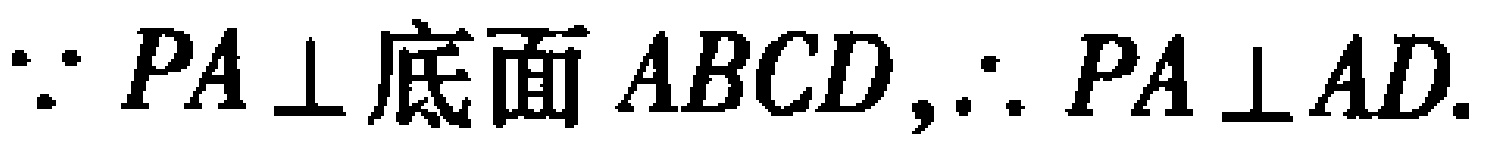
$\because PA\perp 底面\ ABCD,\therefore PA\perp AD.$